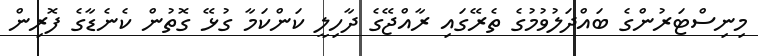
މިނިސްޓަރުންގެ ބައްދަލުވުމުގެ ތެރޭގައި ރާއްޖޭގެ ދާހިލީ ކަންކަމާ ގުޅޭ ގޮތުން ކެނެޑާގެ ފޮރިން